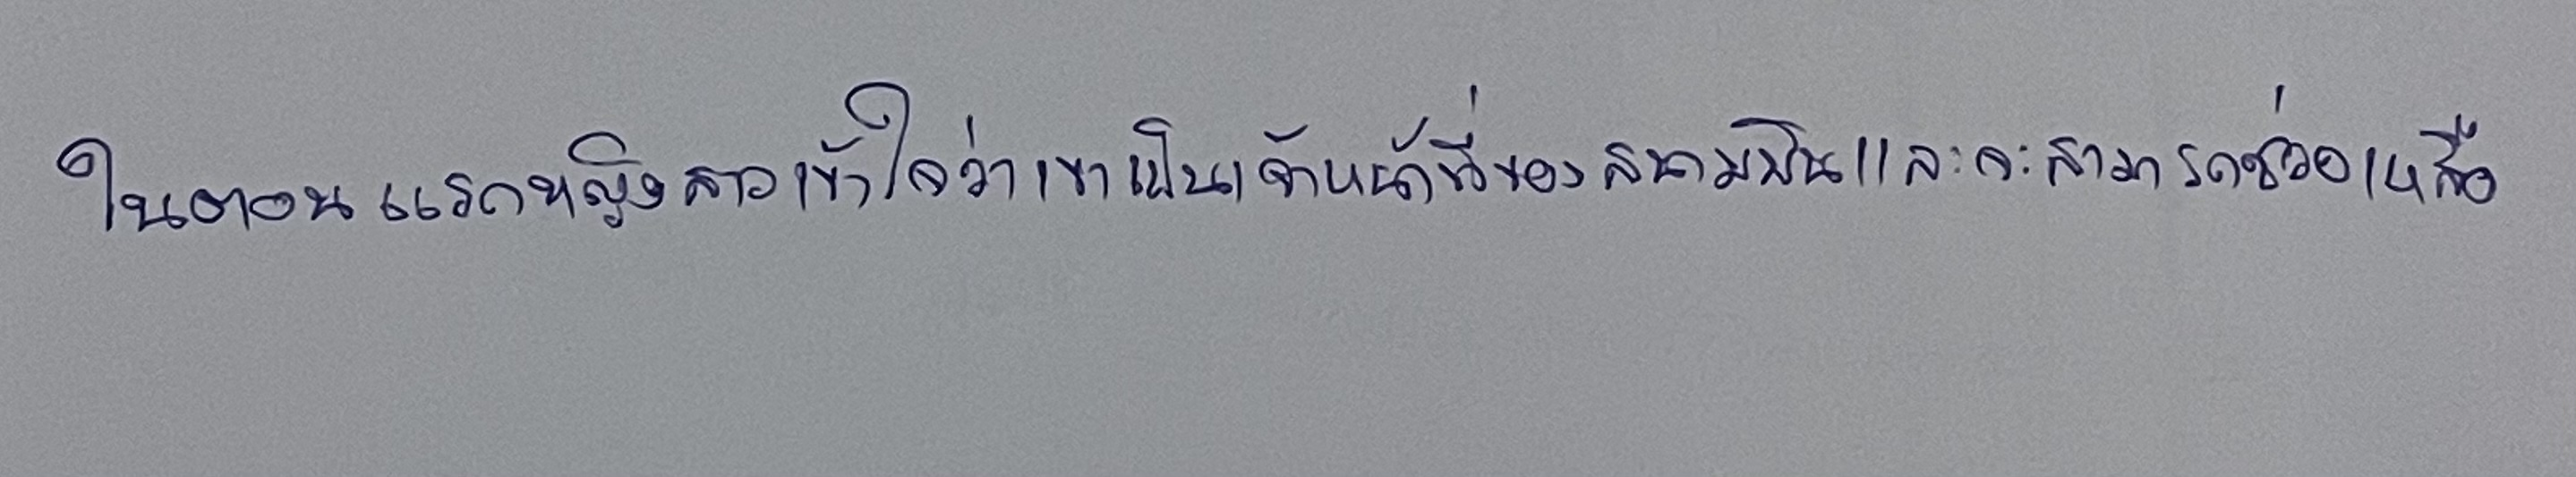
ในตอนแรกหญิงสาวเข้าใจว่าเขาเป็นเจ้าหน้าที่ของสนามบินและจะสามารถช่วยเหลือ